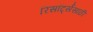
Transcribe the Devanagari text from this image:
रिसॉर्ट्ससाठी